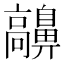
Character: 𩫬